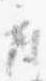
庭